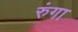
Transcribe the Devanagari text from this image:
रुंगा